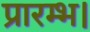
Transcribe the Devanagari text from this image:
प्रारम्‍भ।